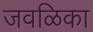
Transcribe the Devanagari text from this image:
जवळिका